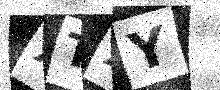
Text: XTXY